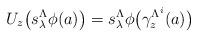
LaTeX: \begin{align*}U_z\big(s_\lambda^\Lambda \phi(a)\big)=s_\lambda^\Lambda\phi\big(\gamma_z^{\Lambda^i}(a)\big)\end{align*}